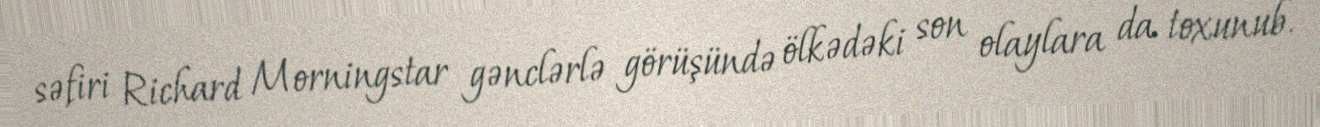
səfiri Richard Morningstar gənclərlə görüşündə ölkədəki son olaylara da toxunub.